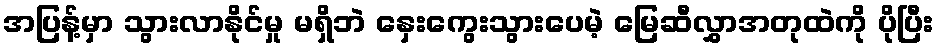
အပြန့်မှာ သွားလာနိုင်မှု မရှိဘဲ နှေးကွေးသွားပေမဲ့ မြေဆီလွှာအတုထဲကို ပိုပြီး